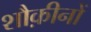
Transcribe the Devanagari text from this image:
शौक़ीनों